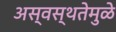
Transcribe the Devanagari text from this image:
अस्वस्थतेमुळे